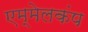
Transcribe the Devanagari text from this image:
एम्मेलकंप